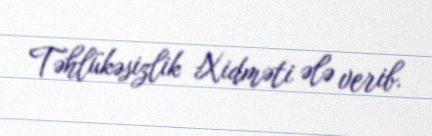
Təhlükəsizlik Xidməti ələ verib.